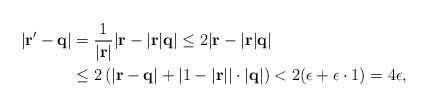
LaTeX: \begin{align*}|{\bf r'}-{\bf q}|&=\frac{1}{|{\bf r}|}|{\bf r}-|{\bf r}|{\bf q}|\leq 2|{\bf r}-|\bf{r}|{\bf q}| \\&\leq2\left(|{\bf r}-{\bf q}|+|1-|\bf {r}||\cdot|{\bf q}|\right)<2(\epsilon+\epsilon\cdot1)=4\epsilon,\end{align*}